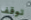
توقف